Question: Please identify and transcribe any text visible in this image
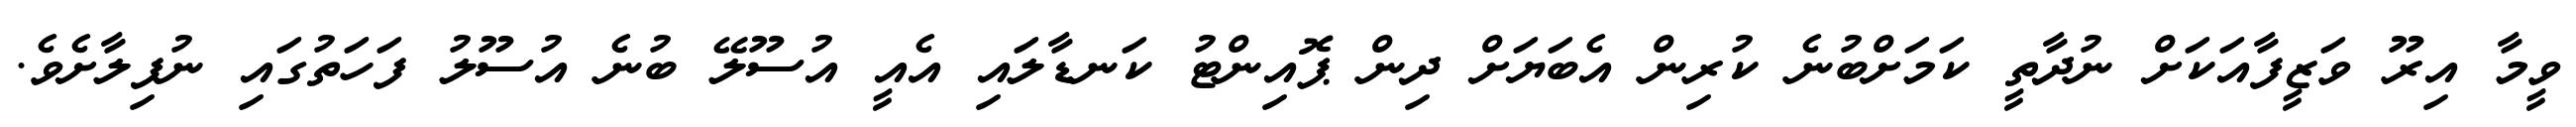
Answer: ވީމާ އިރޫ ވަޒީފާއަކަށް ނުދާތީ ކަމަށްބުނެ ކުރިން އެބަޔަށް ދިން ޕޮއިންޓު ކަނޑާލައި އެއީ އުސޫލޭ ބުނެ އުސޫލު ފަހަތުގައި ނުފިލާށެވެ.